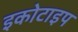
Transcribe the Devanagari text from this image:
इकोटाइप